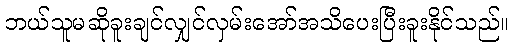
ဘယ်သူမဆိုခူးချင်လျှင်လှမ်းအော်အသိပေးပြီးခူးနိုင်သည်။